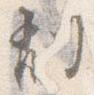
削